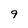
Character: 9